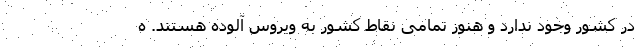
در کشور وجود ندارد و هنوز تمامی نقاط کشور به ویروس آلوده هستند. ه